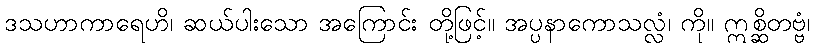
ဒသဟာကာရေဟိ၊ ဆယ်ပါးသော အကြောင်း တို့ဖြင့်။ အပ္ပနာကောသလ္လံ၊ ကို။ ဣစ္ဆိတဗ္ဗံ၊